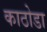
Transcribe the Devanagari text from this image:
काठोडा